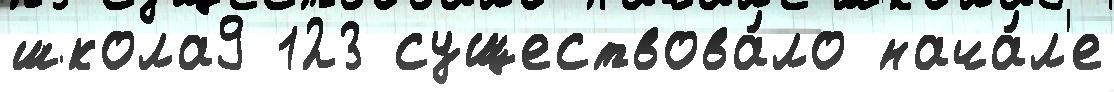
школа9 123 существова́ло нача́л'е